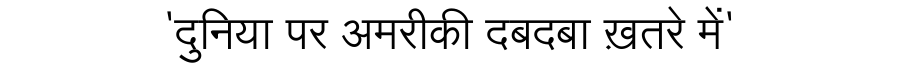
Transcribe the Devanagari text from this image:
'दुनिया पर अमरीकी दबदबा ख़तरे में'